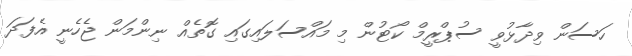
ހަސަން ވިދާޅުވީ ސުޕްރީމް ކޯޓުން މި މައްސަލައިގައި ގޮތެއް ނިންމަން ޖެހެނީ އެފަދަ